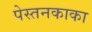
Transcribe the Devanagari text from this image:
पेस्तनकाका